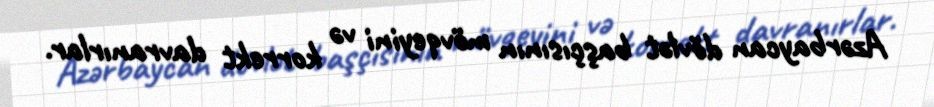
Azərbaycan dövlət başçısının mövqeyini və korrekt davranırlar.